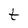
Character: t